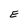
Character: E